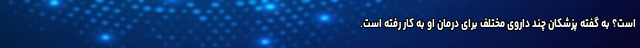
است؟ به گفته پزشکان چند داروی مختلف برای درمان او به کار رفته است.